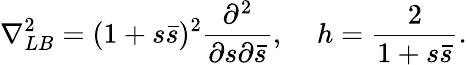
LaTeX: \nabla_{LB}^{2}=(1+s\bar{s})^{2}\frac{\partial^{2}}{\partial s\partial\bar{s}},\; \; \; \; h=\frac{2}{1+s\bar{s}}.